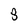
Character: 8